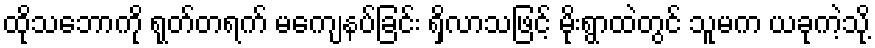
ထိုသဘောကို ရုတ်တရက် မကျေနပ်ခြင်း ရှိလာသဖြင့် မိုးရွာထဲတွင် သူမက ယခုကဲ့သို့